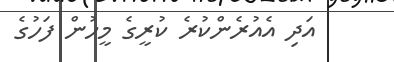
އަދި އެއުރެންކުރެ ކުރީގެ މީހުން ފަހުގެ